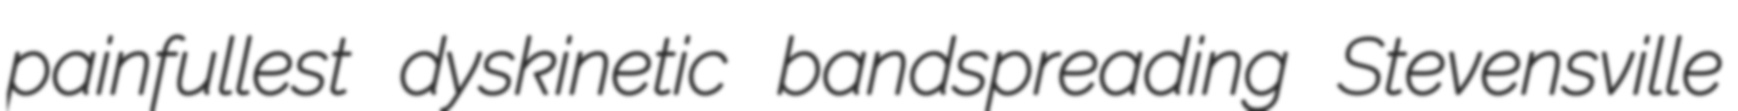
painfullest dyskinetic bandspreading Stevensville